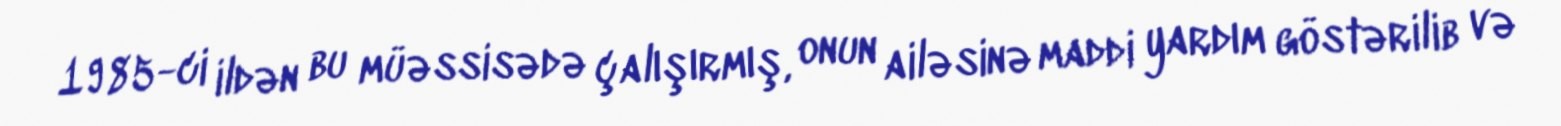
1985-ci ildən bu müəssisədə çalışırmış, onun ailəsinə maddi yardım göstərilib və